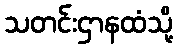
သတင်းဌာနထံသို့